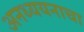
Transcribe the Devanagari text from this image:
अनध्ययनाचा